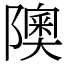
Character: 隩